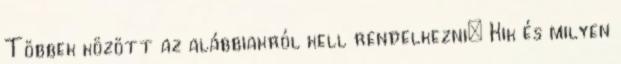
Többek között az alábbiakról kell rendelkezni: Kik és milyen